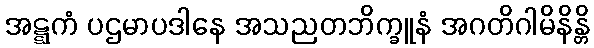
အဋ္ဋကံ ပဌမာပဒါနေ အသညတဘိက္ခူနံ အဂတိဂါမိနိန္တိ